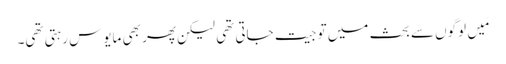
‏ مَیں لوگوں سے بحث میں تو جیت جاتی تھی لیکن پھر بھی مایوس رہتی تھی۔